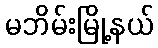
မဘိမ်းမြို့နယ်